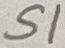
Text: S1